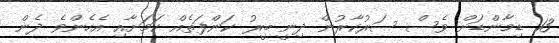
13 ޑިމާންޑަށް ވެސް ސަރުކާރުން ދިނީ ބީރު ކަންފަތެއް ކަމަށާއި އެހެންވެ ދެން